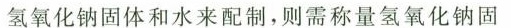
氢氧化钠固体和水来配制，则需称量氢氧化钠固